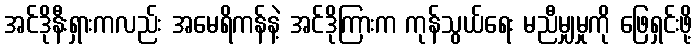
အင်ဒိုနီးရှားကလည်း အမေရိကန်နဲ့ အင်ဒိုကြားက ကုန်သွယ်ရေး မညီမျှမှုကို ဖြေရှင်းဖို့